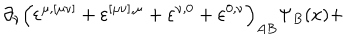
\partial _ { \nu } \left( \varepsilon ^ { \mu , [ \mu \nu ] } + \varepsilon ^ { [ \mu \nu ] , \mu } + \varepsilon ^ { \nu , 0 } + \varepsilon ^ { 0 , \nu } \right) _ { A B } \Psi _ { B } ( x ) +